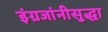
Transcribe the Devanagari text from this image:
इंग्रजांनीसुद्धा